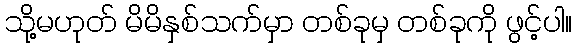
သို့မဟုတ် မိမိနှစ်သက်မှာ တစ်ခုမှ တစ်ခုကို ဖွင့်ပါ။